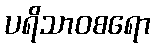
ပရိသာဝစရော